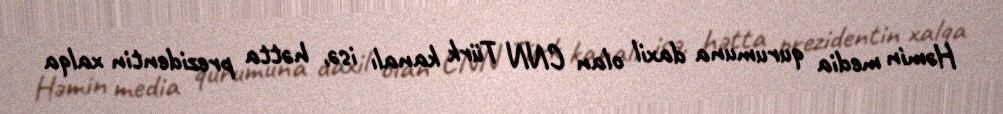
Həmin media qurumuna daxil olan CNN Türk kanalı isə, hətta prezidentin xalqa